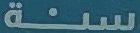
سنة